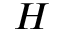
H